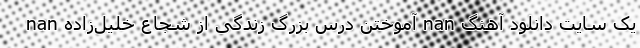
یک سایت دانلود آهنگ nan آموختن درس بزرگ زندگی از شجاع خلیل‌زاده nan